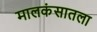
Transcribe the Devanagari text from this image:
मालकंसातला